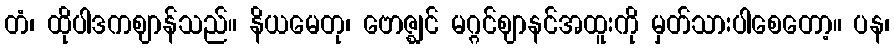
တံ၊ ထိုပါဒကဈာန်သည်။ နိယမေတု၊ ဗောဇ္ဈင် မဂ္ဂင်ဈာနင်အထူးကို မှတ်သားပါစေတော့။ ပန၊